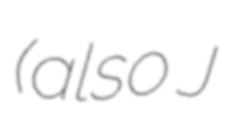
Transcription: (also J